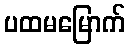
ပထမမြောက်